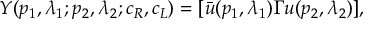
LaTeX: Y ( p _ { 1 } , \lambda _ { 1 } ; p _ { 2 } , \lambda _ { 2 } ; c _ { R } , c _ { L } ) = [ \bar { u } ( p _ { 1 } , \lambda _ { 1 } ) \Gamma u ( p _ { 2 } , \lambda _ { 2 } ) ] ,